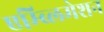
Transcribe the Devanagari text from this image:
एम्ब्लिमेशन